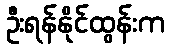
ဦးရန်နိုင်ထွန်းက